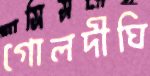
গোলদীঘি